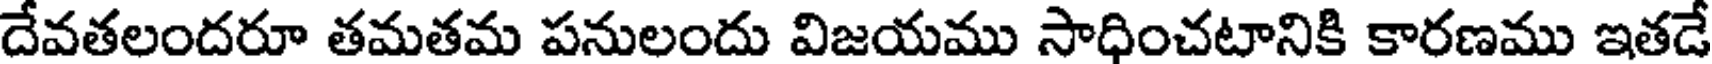
దేవతలందరూ తమతమ పనులందు విజయము సాధించటానికి కారణము ఇతడే